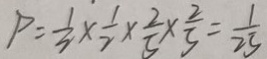
P = \frac { 1 } { 2 } \times \frac { 1 } { 2 } \times \frac { 2 } { 5 } \times \frac { 2 } { 3 } = \frac { 1 } { 2 5 }